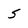
Character: 5